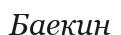
Баекин